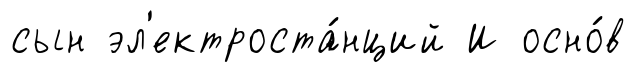
сын эл'ектроста́нций И осно́в